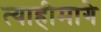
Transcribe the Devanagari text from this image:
त्याहीमागे